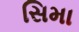
સિમા